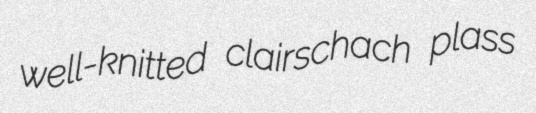
well-knitted clairschach plass